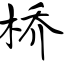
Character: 桥